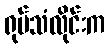
ရုပ်သံလိုင်းက